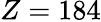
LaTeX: Z=184